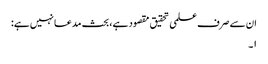
ان سے صرف علمی تحقیق مقصود ہے، بحث مدعا نہیں ہے:
۱۔